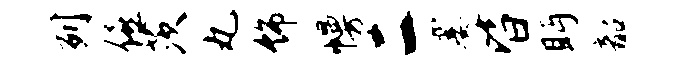
列僖茨丸饰幔二霎皆眄韶